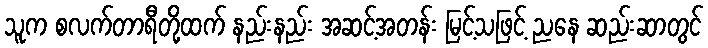
သူက စလက်တာရီတို့ထက် နည်းနည်း အဆင့်အတန်း မြင့်သဖြင့် ညနေ ဆည်းဆာတွင်